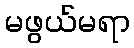
မဖွယ်မရာ